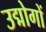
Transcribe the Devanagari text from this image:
उद्मोगों